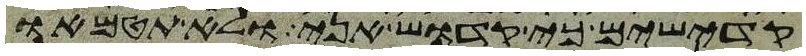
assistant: קדישים כי קדוש אני ולא תטמאו